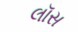
લૉસ